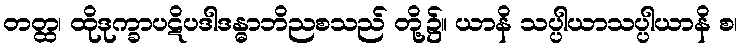
တတ္ထ၊ ထိုဒုက္ခာပဋိပဒါဒန္ဓာဘိညစသည် တို့၌။ ယာနိ သပ္ပါယာသပ္ပါယာနိ စ၊